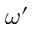
\omega ^ { \prime }